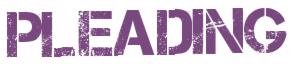
PLEADING